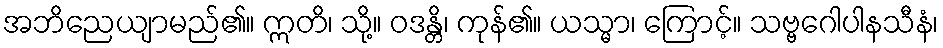
အဘိညေယျာမည်၏။ ဣတိ၊ သို့။ ဝဒန္တိ၊ ကုန်၏။ ယသ္မာ၊ ကြောင့်။ သဗ္ဗဂေါပါနသီနံ၊